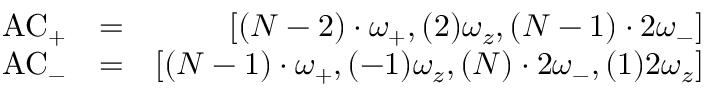
\begin{array} { r l r } { \mathrm { A C } _ { + } } & { = } & { \left[ ( N - 2 ) \cdot \omega _ { + } , ( 2 ) \omega _ { z } , ( N - 1 ) \cdot 2 \omega _ { - } \right] } \\ { \mathrm { A C } _ { - } } & { = } & { \left[ ( N - 1 ) \cdot \omega _ { + } , ( - 1 ) \omega _ { z } , ( N ) \cdot 2 \omega _ { - } , ( 1 ) 2 \omega _ { z } \right] } \end{array}